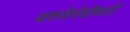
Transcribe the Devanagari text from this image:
आकडेमोडीसाठी